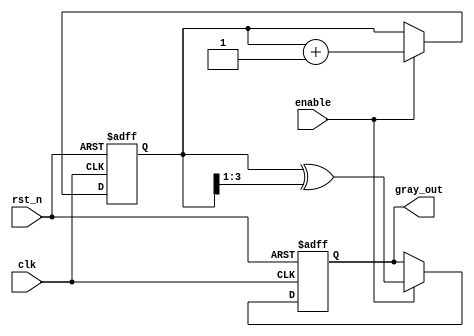
module gray_code_counter #(
    parameter WIDTH = 4  // Parameter to define the width of the counter
)(
    input wire clk,      // Clock input
    input wire rst_n,    // Asynchronous reset (active low)
    input wire enable,    // Enable signal
    output reg [WIDTH-1:0] gray_out  // Output Gray code value
);

    reg [WIDTH-1:0] binary_count;  // Binary counter register

    // Gray code conversion from binary
    function [WIDTH-1:0] binary_to_gray;
        input [WIDTH-1:0] binary;
        begin
            binary_to_gray = binary ^ (binary >> 1);
        end
    endfunction

    // Synchronous process
    always @(posedge clk or negedge rst_n) begin
        if (!rst_n) begin
            // Reset the counter
            binary_count <= 0;
            gray_out <= 0;
        end else if (enable) begin
            // Increment the binary counter
            binary_count <= binary_count + 1;
            // Convert binary count to Gray code
            gray_out <= binary_to_gray(binary_count);
        end
    end

endmodule